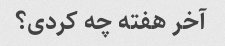
آخر هفته چه کردی؟